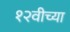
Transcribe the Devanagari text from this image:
१२वीच्या